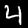
Digit: 4